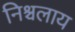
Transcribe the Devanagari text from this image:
निश्चलाय